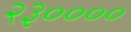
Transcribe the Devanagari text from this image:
२३००००